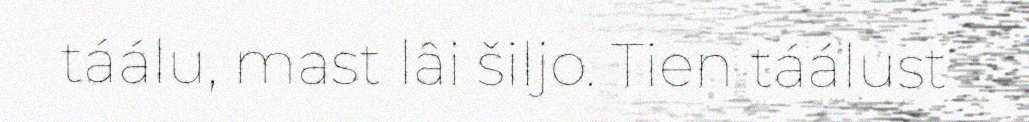
táálu, mast lâi šiljo. Tien táálust